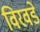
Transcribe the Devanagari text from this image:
विरवडे